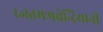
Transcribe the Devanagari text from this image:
रज्स्तमःपचेन्द्रियानी